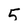
Character: 5